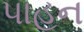
પાહન